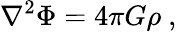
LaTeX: \nabla^{2}\Phi=4\pi G\rho\ ,